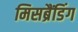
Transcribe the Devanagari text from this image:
मिसब्रैंडिंग